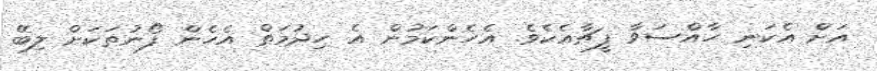
އަށް އެކަނި ހާއްސަވާ ފީޗާއެކެވެ. އެހެންކަމުން އެ ހިދުމަތް އެހެން ފޯނުތަކަށް ލިބޭ